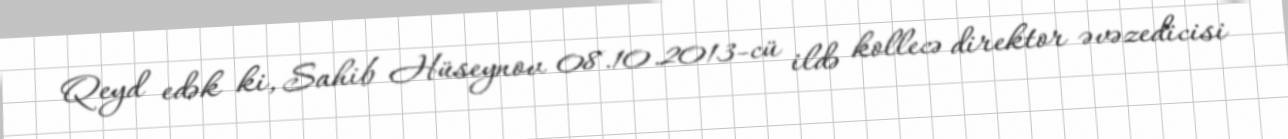
Qeyd edək ki, Sahib Hüseynov 08.10.2013-cü ildə kollecə direktor əvəzedicisi